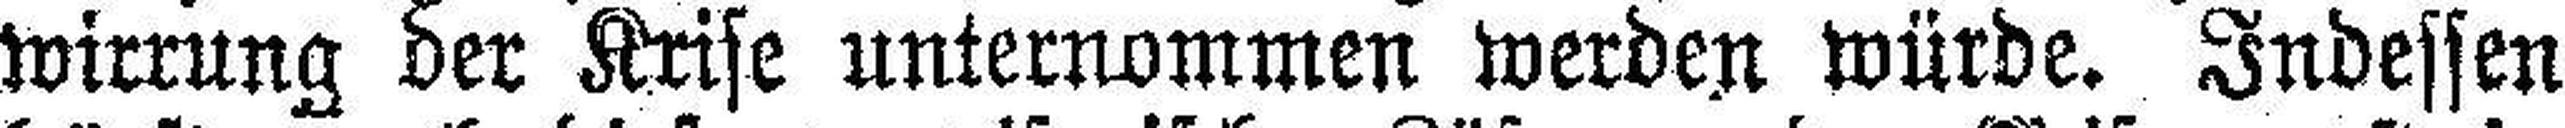
wirrung der Krise unternommen werden würde. Indessen